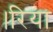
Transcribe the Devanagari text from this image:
।रिया